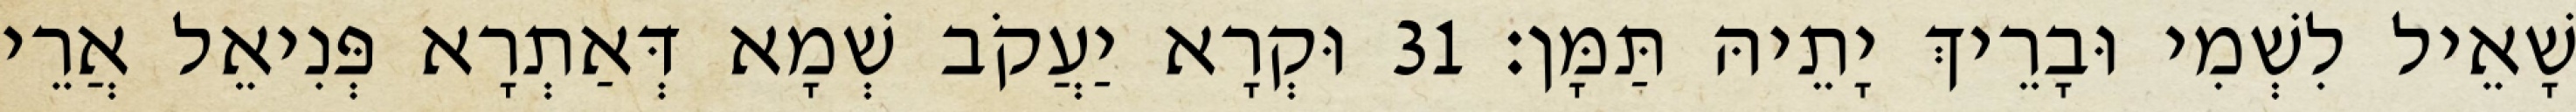
שָׁאֵיל לִשְׁמִי וּבָרֵיךְ יָתֵיהּ תַּמָּן׃ 31 וּקְרָא יַעֲקֹב שְׁמָא דְּאַתְרָא פְּנִיאֵל אֲרֵי